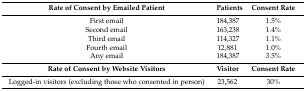
| Rate of Consent by Emailed Patient | Patients | Consent Rate |
 | --- | --- | --- |
 | First email | 184,387 | 1.5% |
 | Second email | 163,238 | 1.4% |
 | Third email | 114,327 | 1.1% |
 | Fourth email | 12,881 | 1.0% |
 | Any email | 184,387 | 3.5% |
 | Rate of Consent by Website Visitors | Visitor | Consent Rate |
 | Logged-in visitors (excluding those who consented in person) | 23,562 | 30% |